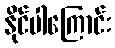
နိုင်ပါကြောင်း